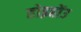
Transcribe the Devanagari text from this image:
होइहोंउ